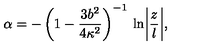
\alpha = - \left( 1 - \frac { 3 b ^ { 2 } } { 4 \kappa ^ { 2 } } \right) ^ { - 1 } \: \ln \biggl | \frac { z } { l } \biggr | ,